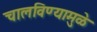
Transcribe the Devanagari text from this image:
चालविण्यामुळे